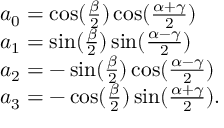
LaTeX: \begin{array} { l } { { a _ { 0 } = \cos ( { \frac { \beta } { 2 } } ) \cos ( { \frac { \alpha + \gamma } { 2 } } ) } } \\ { { a _ { 1 } = \sin ( { \frac { \beta } { 2 } } ) \sin ( { \frac { \alpha - \gamma } { 2 } } ) } } \\ { { a _ { 2 } = - \sin ( { \frac { \beta } { 2 } } ) \cos ( { \frac { \alpha - \gamma } { 2 } } ) } } \\ { { a _ { 3 } = - \cos ( { \frac { \beta } { 2 } } ) \sin ( { \frac { \alpha + \gamma } { 2 } } ) . } } \end{array}